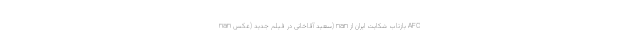
nan سعید آقاخانی در فیلم جدید (عکس) nan بازتاب شکایت ایران از AFC